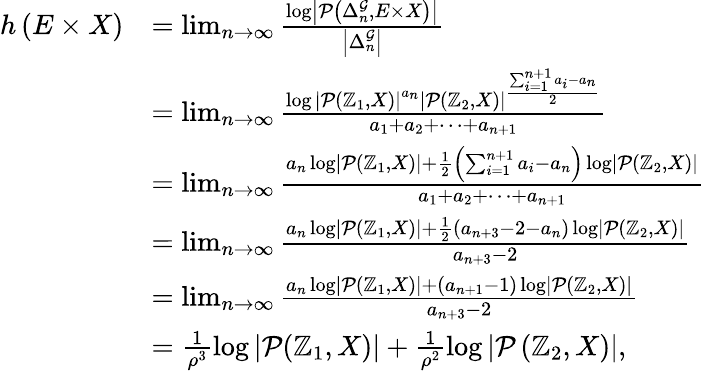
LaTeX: \begin{array}{rl}{h\left(E\times X\right)}&{=\operatorname*{lim}_{n\to\infty}\frac{\log\left|\mathcal{P}\left(\Delta_{n}^{\mathcal{G}},E\times X\right)\right|}{\left|\Delta_{n}^{\mathcal{G}}\right|}}\\ &{=\operatorname*{lim}_{n\to\infty}\frac{\log\left|\mathcal{P}(\mathbb{Z}_{1},X)\right|^{a_{n}}\left|\mathcal{P}\left(\mathbb{Z}_{2},X\right)\right|^{\frac{\sum_{i=1}^{n+1}a_{i}-a_{n}}{2}}}{a_{1}+a_{2}+\cdots+a_{n+1}}}\\ &{=\operatorname*{lim}_{n\to\infty}\frac{a_{n}\log\left|\mathcal{P}(\mathbb{Z}_{1},X)\right|+\frac{1}{2}\left(\sum_{i=1}^{n+1}a_{i}-a_{n}\right)\log\left|\mathcal{P}\left(\mathbb{Z}_{2},X\right)\right|}{a_{1}+a_{2}+\cdots+a_{n+1}}}\\ &{=\operatorname*{lim}_{n\to\infty}\frac{a_{n}\log\left|\mathcal{P}(\mathbb{Z}_{1},X)\right|+\frac{1}{2}\left(a_{n+3}-2-a_{n}\right)\log\left|\mathcal{P}\left(\mathbb{Z}_{2},X\right)\right|}{a_{n+3}-2}}\\ &{=\operatorname*{lim}_{n\to\infty}\frac{a_{n}\log\left|\mathcal{P}(\mathbb{Z}_{1},X)\right|+\left(a_{n+1}-1\right)\log\left|\mathcal{P}\left(\mathbb{Z}_{2},X\right)\right|}{a_{n+3}-2}}\\ &{=\frac{1}{\rho^{3}}\log\left|\mathcal{P}(\mathbb{Z}_{1},X)\right|+\frac{1}{\rho^{2}}\log\left|\mathcal{P}\left(\mathbb{Z}_{2},X\right)\right|,}\end{array}